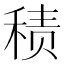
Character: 𱶌